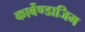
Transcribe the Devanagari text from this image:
कार्बेण्डाजिम